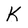
Character: K